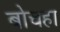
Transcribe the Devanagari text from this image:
बोचहा